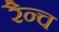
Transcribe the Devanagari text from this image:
रैन्च